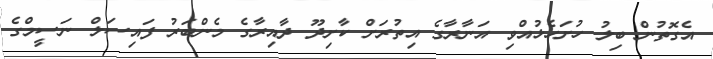
އެގޮތުން ބިލު ހުށަހެޅުއްވި އަނާރާގެ އިތުރަށް ކާށިދޫ ދާއިރާގެ މެންބަރު ފައިސަލް ނަސީމްގެ